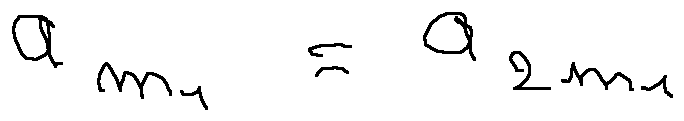
a _ { m _ { 1 } } = a _ { 2 m _ { 1 } }